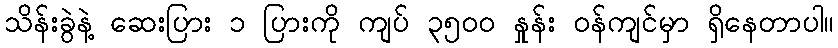
သိန်းခွဲနဲ့ ဆေးပြား ၁ ပြားကို ကျပ် ၃၅၀၀ နှုန်း ဝန်ကျင်မှာ ရှိနေတာပါ။